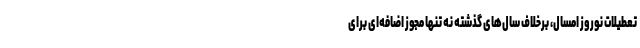
تعطیلات نوروز امسال، برخلاف سال‌های گذشته نه تنها مجوز اضافه‌ای برای